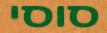
סוסי